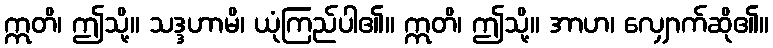
ဣတိ၊ ဤသို့။ သဒ္ဒဟာမိ၊ ယုံကြည်ပါ၏။ ဣတိ၊ ဤသို့။ အာဟ၊ လျှောက်ဆို၏။